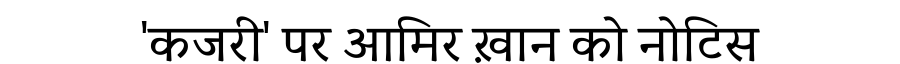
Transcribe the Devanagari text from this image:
'कजरी' पर आमिर ख़ान को नोटिस